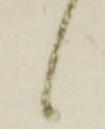
候